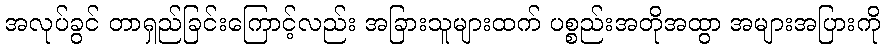
အလုပ်ခွင် တာရှည်ခြင်းကြောင့်လည်း အခြားသူများထက် ပစ္စည်းအတိုအထွာ အများအပြားကို